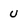
Character: U